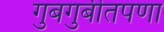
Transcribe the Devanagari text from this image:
गुबगुबीतपणा